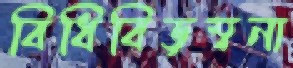
বিধিবিড়ম্বনা